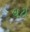
ચટા